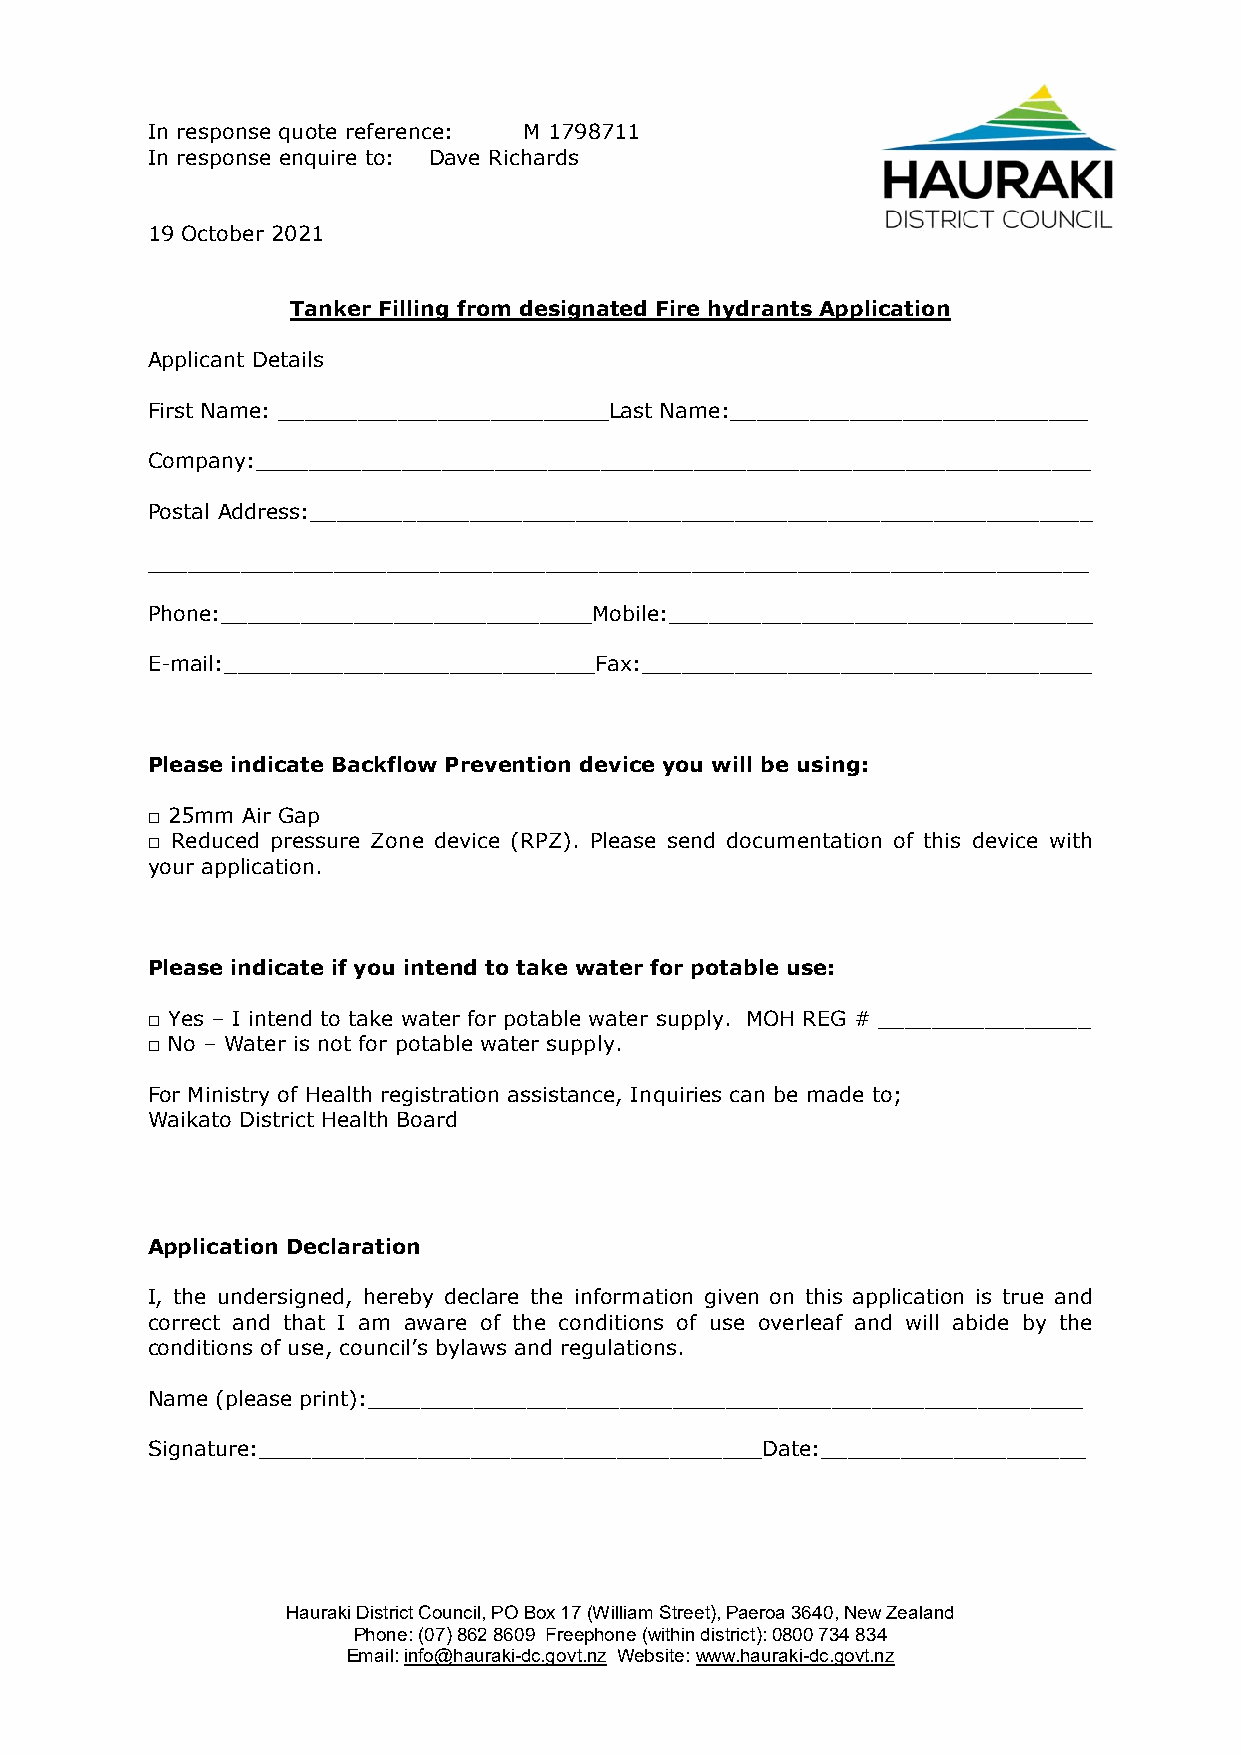
In response quote reference: M 1798711
 In response enquire to: Dave Richards
 19 October 2021
 Tanker Filling from designated Fire hydrants Application
 Applicant Details
 First Name: _________________________Last Name:___________________________
 Company:_______________________________________________________________
 Postal Address:___________________________________________________________
 _______________________________________________________________________
 Phone:____________________________Mobile:________________________________
 E-mail:____________________________Fax:__________________________________
 Please indicate Backflow Prevention device you will be using:
 □ 25mm Air Gap
 □ Reduced pressure Zone device (RPZ). Please send documentation of this device with
 your application.
 Please indicate if you intend to take water for potable use:
 □ Yes – I intend to take water for potable water supply. MOH REG # ________________
 □ No – Water is not for potable water supply.
 For Ministry of Health registration assistance, Inquiries can be made to;
 Waikato District Health Board
 Application Declaration
 I, the undersigned, hereby declare the information given on this application is true and
 correct and that I am aware of the conditions of use overleaf and will abide by the
 conditions of use, council’s bylaws and regulations.
 Name (please print):______________________________________________________
 Signature:______________________________________Date:____________________
 Hauraki District Council, PO Box 17 (William Street), Paeroa 3640, New Zealand
 Phone: (07) 862 8609 Freephone (within district): 0800 734 834
 Email: info@hauraki-dc.govt.nz Website: www.hauraki-dc.govt.nz